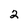
Character: 2